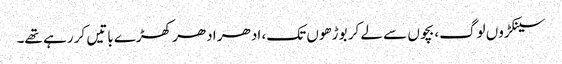
سینکڑوں لوگ، بچوں سے لے کر بوڑھوں تک، ادھر ادھر کھڑے باتیں کر رہے تھے۔